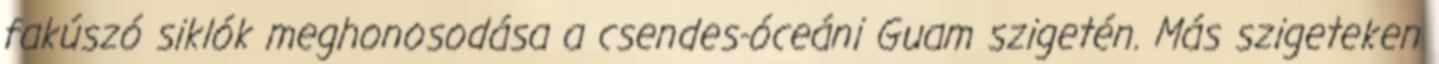
fakúszó siklók meghonosodása a csendes-óceáni Guam szigetén. Más szigeteken